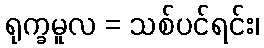
ရုက္ခမူလ = သစ်ပင်ရင်း၊